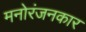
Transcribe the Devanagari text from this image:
मनोरंजनकार